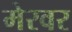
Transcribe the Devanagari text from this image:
मेरवर